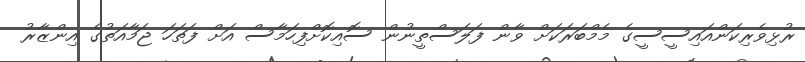
ރުޅިވެރިކަންއައިސީސީގެ މެމްބަރަކަށް ވާން ފަލަސްތީނުން ސޮއިކޮށްފިހަމާސް އަށް ފަތަހަ ޖަމާއަތުގެ އިންޒާރު